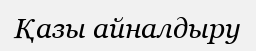
Қазы айналдыру